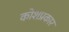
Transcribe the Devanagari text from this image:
कोशप्रकार